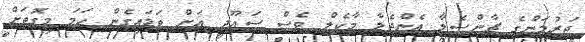
ޖަރުމަންގެ ޗާންސެލާ އެންޖެލާ މާކެލް ވެސް ސައޫދީ އަށް ވަޑައިގެން ހަމަ މިގޮތަށް